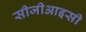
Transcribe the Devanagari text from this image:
सीजीआइसी